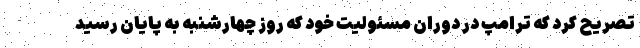
تصریح کرد که ترامپ در دوران مسئولیت خود که روز چهارشنبه به پایان رسید